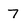
Character: 7